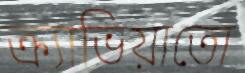
ক্র্যাভিয়াতো